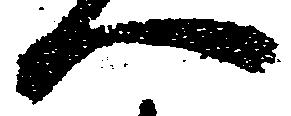
一